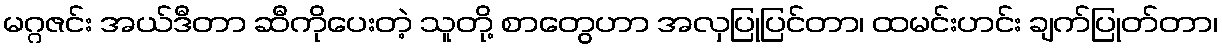
မဂ္ဂဇင်း အယ်ဒီတာ ဆီကိုပေးတဲ့ သူတို့ စာတွေဟာ အလှပြုပြင်တာ၊ ထမင်းဟင်း ချက်ပြုတ်တာ၊